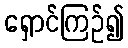
ရှောင်ကြဉ်၍